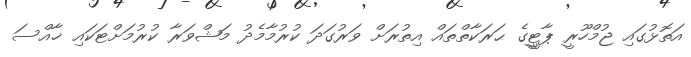
އަތޮޅުގައި ޖުމްހޫރީ ޕާޓީީގެ ޙަރަކާތްތައް އިތުރަށް ވަރުގަދަ ކުރުމާމެދު މަޝްވަރާ ކުރުމަށްޓަކައި ޚާއްސަ